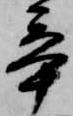
辛